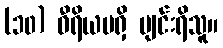
(၁၀) ဝီရိယမရှိ ပျင်းရိသူ။